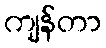
ကျန်တာ